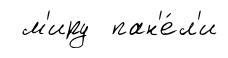
м'иру пан'е́л'и